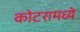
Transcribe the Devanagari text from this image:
कोटरामध्ये